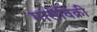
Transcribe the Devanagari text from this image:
मासेविक्री